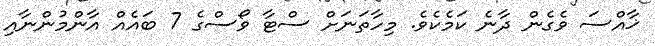
ޚާއްސަ ވެގެން ދާނެ ކަމެކެވެ. މިހާތަނަށް ސްޓާ ވޯސްގެ 7 ބައެއް އާންމުންނާއި